Annual report of the Central Committee of the Association together with the report of the directors of the Pasteur Institute at Kasauli
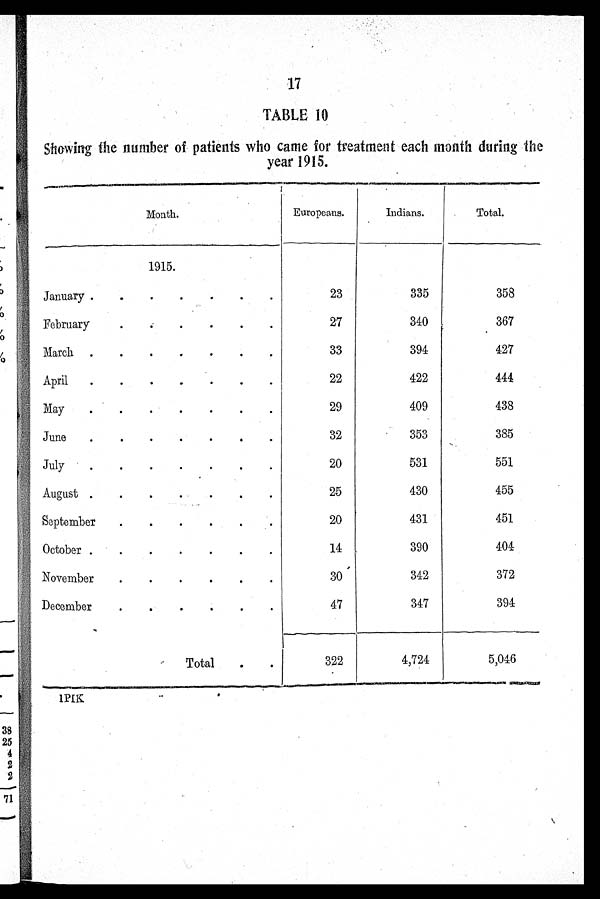
17
TABLE 10
Showing the number of patients who came for treatment each month during the
year 1915.
Month.
Europeans.
Indians.
Total.
1915.
January .
. . . . . .
23
335
358
February
.
.
.
. .
27
340
367
March .
.
.
. . . .
33
394
427
April
.
.
. . . . .
22
422
444
May
.
.
.
.
.
.
.
29
409
438
June
.
.
.
. . . .
32
353
385
July
.
.
.
.
.
.
.
20
531
551
August .
.
. . . . .
25
430
455
September
.
.
.
. . .
20
431
451
October .
.
.
. . . .
14
390
404
November
.
.
.
. . .
30
342
372
December.........
4 7
347
394
Total
.
.
322
4,724
5,046
1PIK